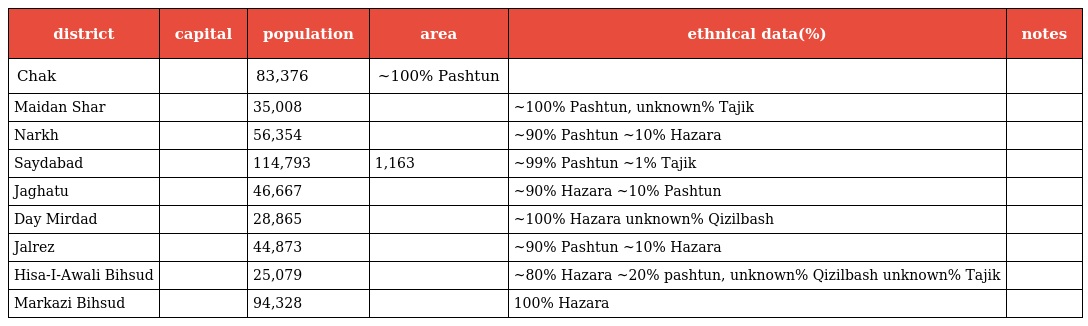
| district | capital | population | area | ethnical data(%) | notes |
 | --- | --- | --- | --- | --- | --- |
 | Chak |  | 83,376 | ~100% Pashtun |  |  |
 | Maidan Shar |  | 35,008 |  | ~100% Pashtun, unknown% Tajik |  |
 | Narkh |  | 56,354 |  | ~90% Pashtun ~10% Hazara |  |
 | Saydabad |  | 114,793 | 1,163 | ~99% Pashtun ~1% Tajik |  |
 | Jaghatu |  | 46,667 |  | ~90% Hazara ~10% Pashtun |  |
 | Day Mirdad |  | 28,865 |  | ~100% Hazara unknown% Qizilbash |  |
 | Jalrez |  | 44,873 |  | ~90% Pashtun ~10% Hazara |  |
 | Hisa-I-Awali Bihsud |  | 25,079 |  | ~80% Hazara ~20% pashtun, unknown% Qizilbash unknown% Tajik |  |
 | Markazi Bihsud |  | 94,328 |  | 100% Hazara |  |